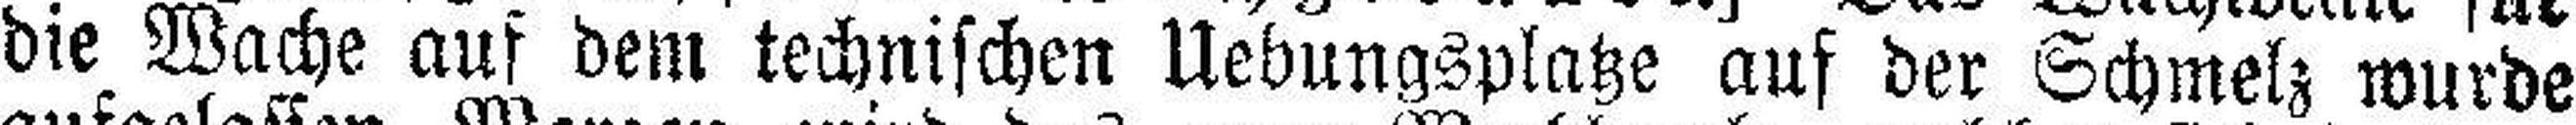
die Wache auf dem technischen Uebungsplatze auf der Schmelz wurde